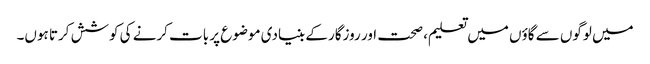
میں لوگوں سے گاؤں میں تعلیم، صحت اور روزگار کے بنیادی موضوع پر بات کرنے کی کوشش کرتا ہوں۔